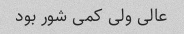
عالی ولی کمی شور بود